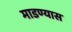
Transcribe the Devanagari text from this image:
माडण्यास